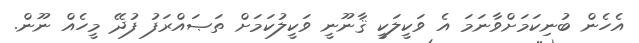
އެހެން ބުނިކަމަށްވާނަމަ އެ ވަކީލަކީ ޤާނޫނީ ވަކީލުކަމަށް ތަޞައްރަފު ފުދޭ މީހެއް ނޫން.